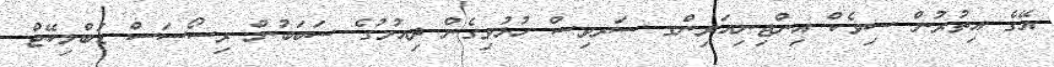
އޭގެ އިތުރުން ސިވެކް އިންޖިނިއަރިންގ ސަރވިސް ހުޅުވިގެން ދިއުމުގެ ސަބަބުން ރިސޯސަސް ޑުބްލިކޭޓް